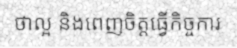
ថាល្អ និងពេញចិត្តធ្វើកិច្ចការ